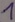
Text: 1